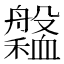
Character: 𦪹